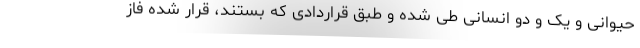
حیوانی و یک و دو انسانی طی شده و طبق قراردادی که بستند، قرار شده فاز